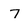
Character: 7